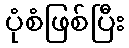
ပုံစံဖြစ်ပြီး